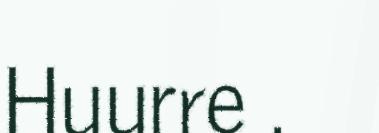
Huurre .